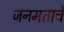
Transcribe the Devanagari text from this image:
जनमताचे